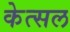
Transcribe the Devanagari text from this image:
केत्सल